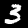
Digit: 3